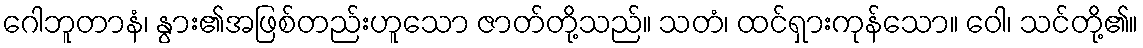
ဂေါဘူတာနံ၊ နွား၏အဖြစ်တည်းဟူသော ဇာတ်တို့သည်။ သတံ၊ ထင်ရှားကုန်သော။ ဝေါ၊ သင်တို့၏။